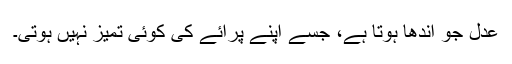
عدل جو اندھا ہوتا ہے، جسے اپنے پرائے کی کوئی تمیز نہیں ہوتی۔